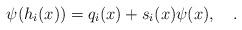
LaTeX: \begin{align*}\psi (h_i (x)) = q_i (x) + s_i (x) \psi (x), \quad.\end{align*}